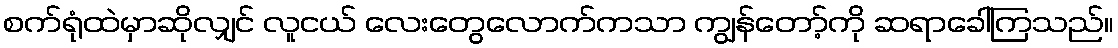
စက်ရုံထဲမှာဆိုလျှင် လူငယ် လေးတွေလောက်ကသာ ကျွန်တော့်ကို ဆရာခေါ်ကြသည်။